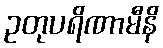
ဥတုပရိဏာမီနိ